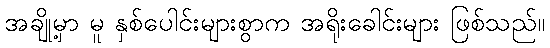
အချို့မှာ မူ နှစ်ပေါင်းများစွာက အရိုးခေါင်းများ ဖြစ်သည်။